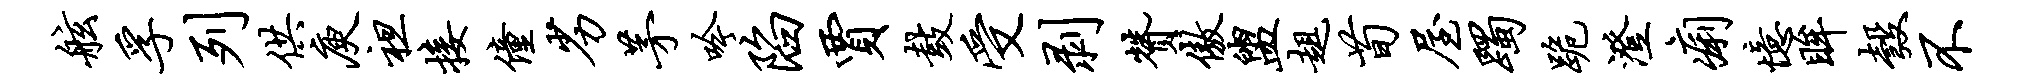
舷孚列供庾袒接僮劣茅吟陷贾鼓受剥赞傲盥趄荀屋躅跪澄痢忆眸彀不